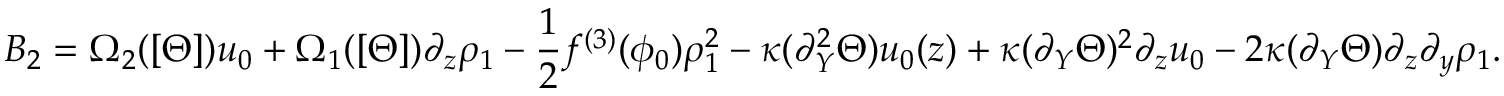
B _ { 2 } = \Omega _ { 2 } ( [ \Theta ] ) u _ { 0 } + \Omega _ { 1 } ( [ \Theta ] ) \partial _ { z } \rho _ { 1 } - \frac { 1 } { 2 } f ^ { ( 3 ) } ( \phi _ { 0 } ) \rho _ { 1 } ^ { 2 } - \kappa ( \partial _ { Y } ^ { 2 } \Theta ) u _ { 0 } ( z ) + \kappa ( \partial _ { Y } \Theta ) ^ { 2 } \partial _ { z } u _ { 0 } - 2 \kappa ( \partial _ { Y } \Theta ) \partial _ { z } \partial _ { y } \rho _ { 1 } .